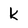
Character: k